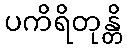
ပကိရိတုန္တိ